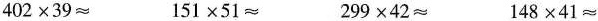
$$402\times 39\approx $$ $$151\times 51\approx $$ $$299\times 42\approx $$ $$148\times 41\approx $$